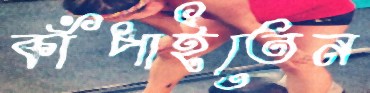
কাঁপাইতেন